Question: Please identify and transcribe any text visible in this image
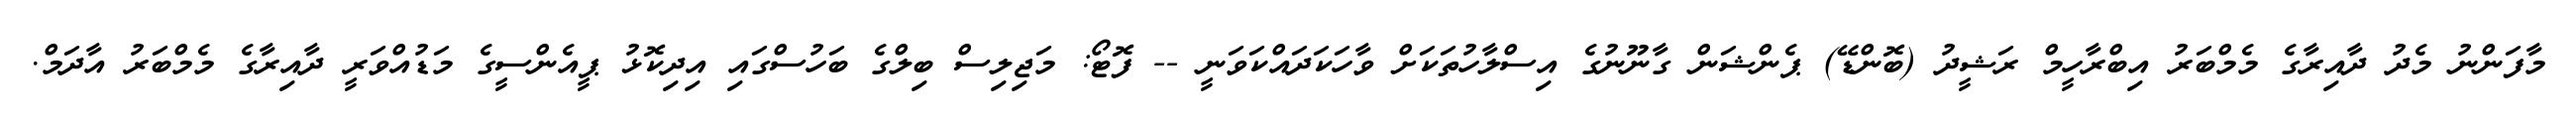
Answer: މާފަންނު މެދު ދާއިރާގެ މެމްބަރު އިބްރާހީމް ރަޝީދު (ބޮންޑޭ) ޕެންޝަން ގާނޫނުގެ އިސްލާހުތަކަށް ވާހަކަދައްކަވަނީ -- ފޮޓޯ: މަޖިލިސް ބިލްގެ ބަހުސްގައި އިދިކޮޅު ޕީއެންސީގެ މަޑުއްވަރީ ދާއިރާގެ މެމްބަރު އާދަމް.